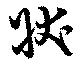
状